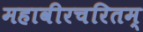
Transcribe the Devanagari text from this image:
महावीरचरितम्